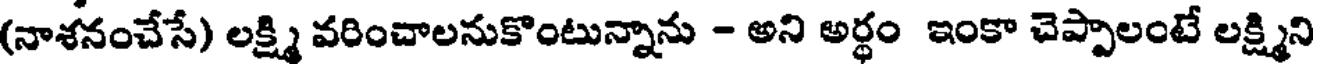
(నాశనంచేసే) లక్ష్మి వరించాలనుకొంటున్నాను - అని అర్ధం ఇంకా చెప్పాలంటే లక్ష్మిని